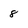
Character: 8